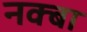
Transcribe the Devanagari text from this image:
नक्बा